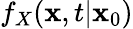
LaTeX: f_{X}(\mathbf{x},t\vert\mathbf{x}_{0})